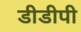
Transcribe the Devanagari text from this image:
डीडीपी